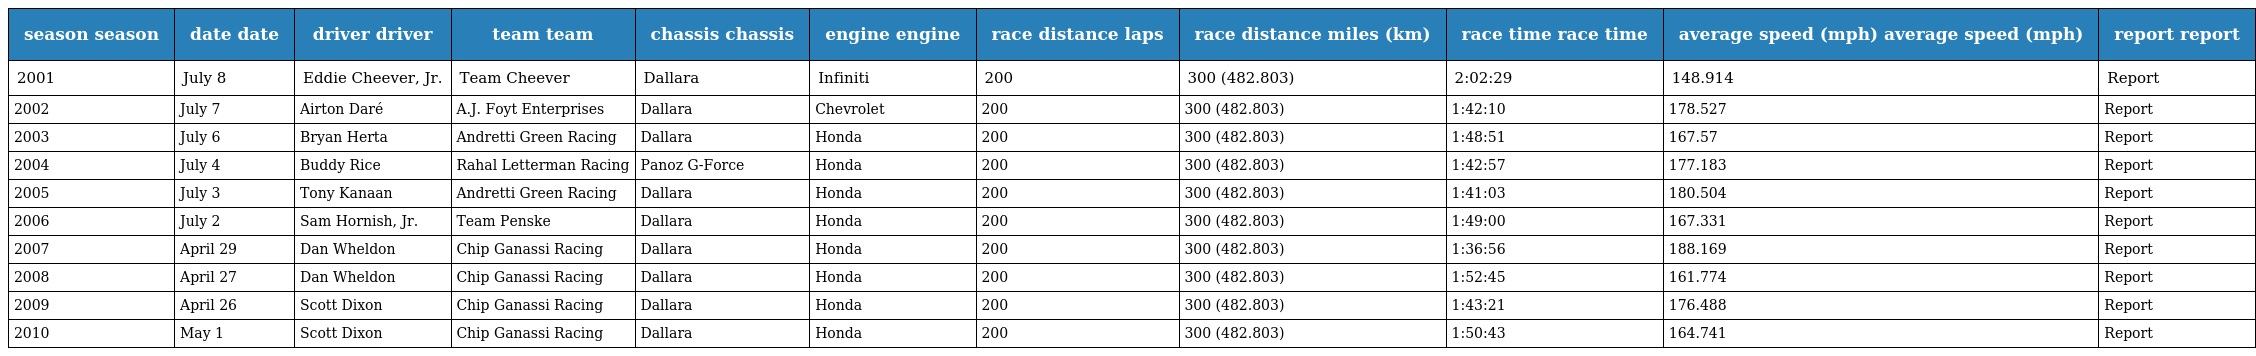
| season season | date date | driver driver | team team | chassis chassis | engine engine | race distance laps | race distance miles (km) | race time race time | average speed (mph) average speed (mph) | report report |
 | --- | --- | --- | --- | --- | --- | --- | --- | --- | --- | --- |
 | 2001 | July 8 | Eddie Cheever, Jr. | Team Cheever | Dallara | Infiniti | 200 | 300 (482.803) | 2:02:29 | 148.914 | Report |
 | 2002 | July 7 | Airton Daré | A.J. Foyt Enterprises | Dallara | Chevrolet | 200 | 300 (482.803) | 1:42:10 | 178.527 | Report |
 | 2003 | July 6 | Bryan Herta | Andretti Green Racing | Dallara | Honda | 200 | 300 (482.803) | 1:48:51 | 167.57 | Report |
 | 2004 | July 4 | Buddy Rice | Rahal Letterman Racing | Panoz G-Force | Honda | 200 | 300 (482.803) | 1:42:57 | 177.183 | Report |
 | 2005 | July 3 | Tony Kanaan | Andretti Green Racing | Dallara | Honda | 200 | 300 (482.803) | 1:41:03 | 180.504 | Report |
 | 2006 | July 2 | Sam Hornish, Jr. | Team Penske | Dallara | Honda | 200 | 300 (482.803) | 1:49:00 | 167.331 | Report |
 | 2007 | April 29 | Dan Wheldon | Chip Ganassi Racing | Dallara | Honda | 200 | 300 (482.803) | 1:36:56 | 188.169 | Report |
 | 2008 | April 27 | Dan Wheldon | Chip Ganassi Racing | Dallara | Honda | 200 | 300 (482.803) | 1:52:45 | 161.774 | Report |
 | 2009 | April 26 | Scott Dixon | Chip Ganassi Racing | Dallara | Honda | 200 | 300 (482.803) | 1:43:21 | 176.488 | Report |
 | 2010 | May 1 | Scott Dixon | Chip Ganassi Racing | Dallara | Honda | 200 | 300 (482.803) | 1:50:43 | 164.741 | Report |